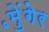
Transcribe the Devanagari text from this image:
॰मुेंगेर